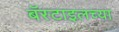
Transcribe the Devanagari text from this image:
बॅस्टाइलच्या